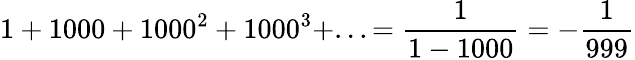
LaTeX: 1+1000+1000^{2}+1000^{3}+...={\frac{1}{1-1000}}=-{\frac{1}{999}}